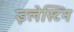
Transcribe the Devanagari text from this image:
इलेस्टिन